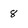
Character: 8